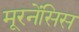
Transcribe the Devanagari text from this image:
मूरनेंसिस